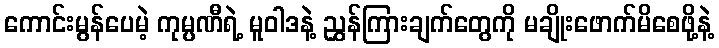
ကောင်းမွန်ပေမဲ့ ကုမ္ပဏီရဲ့ မူဝါဒနဲ့ ညွှန်ကြားချက်တွေကို မချိုးဖောက်မိစေဖို့နဲ့